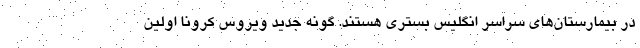
در بیمارستان‌های سراسر انگلیس بستری هستند. گونه جدید ویروس کرونا اولین